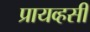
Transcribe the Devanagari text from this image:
प्रायव्हसी